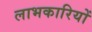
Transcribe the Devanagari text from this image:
लाभकारियों